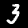
Digit: 3